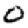
Digit: 0